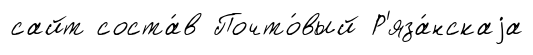
сайт соста́в Почто́вый Р'яза́нскаjа